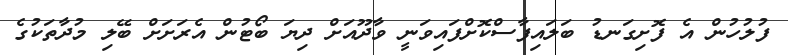
ފުލުހުން އެ ފޮށިގަނޑު ބަލައިފާސްކޮށްފައިވަނީ ވާދޫއަށް ދިޔަ ބޯޓުން އެރަށަށް ބޭލި މުދާތަކުގެ